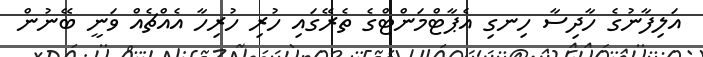
އަލިފާނުގެ ހާދިސާ ހިނގި އެޕާޓްމަންޓްގެ ތެރޭގައި ހުރި ހުރިހާ އެއްޗެއް ވަނީ ބޭނުން